Rangoon Lunatic Asylum 1878-1892 - 1878-1892
Year: 1878
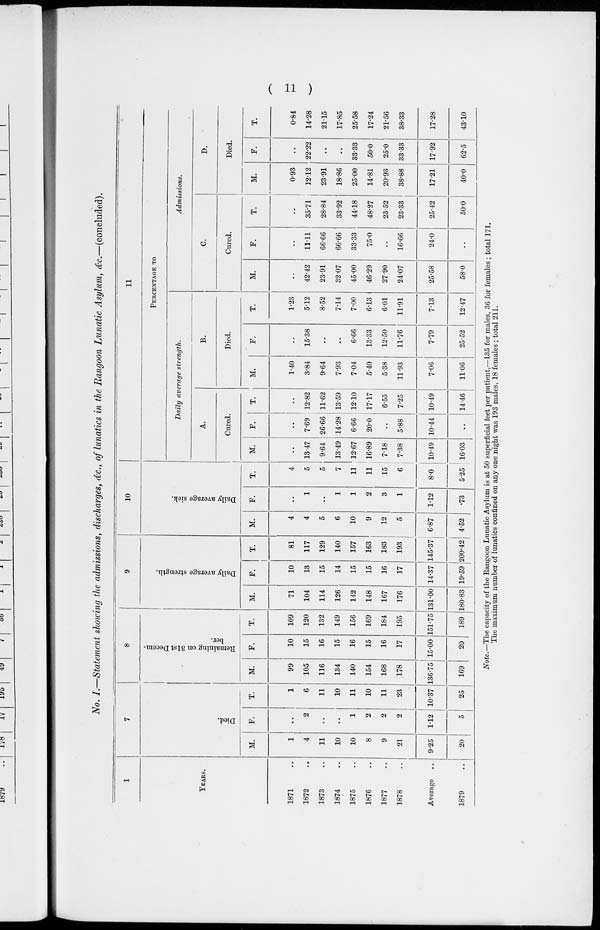
( 11 )
No. I.—Statement showing the admissions, discharges, &c., of lunatics in the Rangoon Lunatic Asylum, &c.—(concluded).
1
YEARS.
1871 ..
1872 ..
1873 ..
1874 ..
1875 ..
1876 ..
1877 ..
1878 ..
Average ..
1879..
7
Died.
M.
1
4
11
10
10
8
9
21
9.25
20
F.
..
2
..
..
1
2
2
2
1.12
5
T.
1
6
11
10
11
10
11
23
10.37
25
8
Remaining on 31st Decem-
ber.
M.
99
105
116
134
140
154
168
178
136.75
169
F.
10
15
16
15
16
15
16
17
15.00
20
T.
109
120
132
149
156
169
184
195
151.75
189
9
Daily average strength.
M.
71
104
114
126
142
148
167
176
131.00
180.83
F.
10
13
15
14
15
15
16
17
14.37
19.59
T.
81
117
129
140
157
163
183
193
145.37
200.42
10
Daily average sick.
M.
4
4
5
6
10
9
12
5
6.87
4.52
F.
..
1
..
1
1
2
3
1
1.12
.73
T.
4
5
5
7
11
11
15
6
8.0
5.25
11
PERCENTAGE TO
Daily average strength.
A.
Cured.
M.
..
13.47
9.64
13.49
12.67
16.89
7.18
7.38
10.49
16.03
F.
..
7.69
26.66
14.28
6.66
20.0
..
5.88
10.44
..
T.
..
12.82
11.62
13.59
12.10
17.17
6.55
7.25
10.49
14.46
B.
Died.
M.
1.40
3.84
9.64
7.93
7.04
5.40
5.38
11.93
7.06
11.06
F.
..
15.38
..
..
6.66
13.33
12.50
11.76
7.79
25.52
T.
1.23
5.12
8.52
7.14
7.00
6.13
6.01
11.91
7.13
12.47
Admissions.
C.
Cured.
M.
..
42.42
23.91
32.07
45.00
46.29
27.90
24.07
25.58
58.0
F.
..
11.11
66.66
66.66
33.33
75.0
..
16.66
24.0
..
T.
..
35.71
28.84
33.92
44.18
48.27
23.52
23.33
25.42
50.0
D.
Died.
M.
0.93
12.12
23.91
18.86
25.00
14.81
20.93
38.88
17.21
40.0
F.
..
22.22
..
..
33.33
50.0
25.0
33.33
17.92
62.5
T.
0.84
14.28
21.15
17.85
25.58
17.24
21.56
38.33
17.28
43.10
Note.—The capacity of the Rangoon Lunatic Asylum is at 50 superficial feet per patient,—135 for males, 36 for females ; total 171.
The maximum number of lunatics confined on any one night was 193 males, 18 females ; total 211.